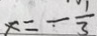
x = - \frac { 1 } { 3 }